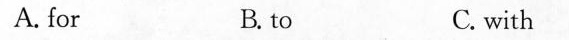
A. for B. to C. with